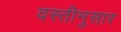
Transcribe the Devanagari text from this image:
वस्तीनुसार